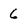
Character: 6